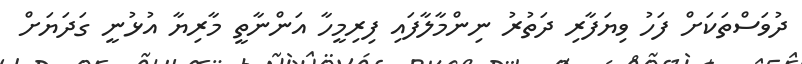
ދުވަސްތަކަށް ފަހު ވިޔަފާރި ދަތުރު ނިންމާލާފައި ފިރިމީހާ އަންނާތީ މާރިޔާ އުޅުނީ ގަދަޔަށް